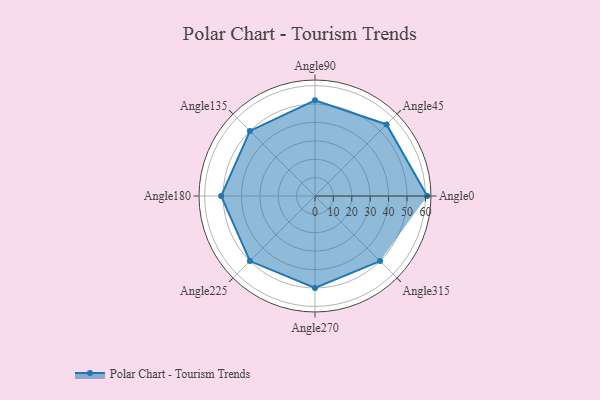
{"axis": {"x": "Angle", "y": "Radius"}, "legend": [""], "data": [{"x": "Angle0", "y": 61.0, "type": ""}, {"x": "Angle45", "y": 55.0, "type": ""}, {"x": "Angle90", "y": 52.0, "type": ""}, {"x": "Angle135", "y": 50, "type": ""}, {"x": "Angle180", "y": 51.0, "type": ""}, {"x": "Angle225", "y": 50, "type": ""}, {"x": "Angle270", "y": 50, "type": ""}, {"x": "Angle315", "y": 50, "type": ""}]}